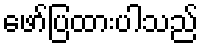
ဖော်ပြထားပါသည်